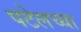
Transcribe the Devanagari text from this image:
पटेलच्या